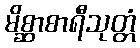
မိစ္ဆာစာရီသုတ္တံ